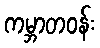
ကမ္ဘာတဝန်း